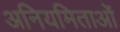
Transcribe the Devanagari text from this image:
अनियमिताओं